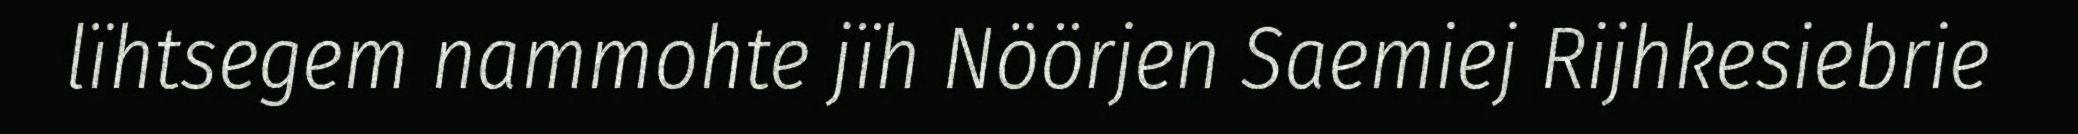
lïhtsegem nammohte jïh Nöörjen Saemiej Rijhkesiebrie